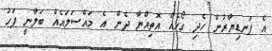
އެ ފަނޑިޔާރުން ހެދި ގޯހެއް އޮތިއްޔާ ދެން އެ މައްސަލައެއް ބަލާނީ ފަހު